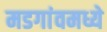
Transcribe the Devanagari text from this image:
मडगांवमध्ये